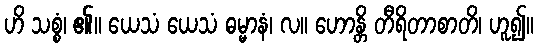
ဟိ သစ္စံ၊ ၏။ ယေသံ ယေသံ ဓမ္မာနံ၊ လ။ ဟောန္တိ တီရိတာစာတိ၊ ဟူ၍။